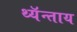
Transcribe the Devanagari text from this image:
थ्यॅन्ताय